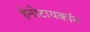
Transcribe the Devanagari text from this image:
हेनोटायकॉन